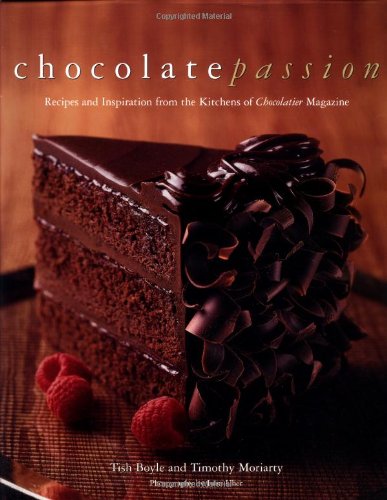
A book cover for Chocolate Passion: Recipes and Inspiration from the Kitchens of Chocolatier Magazine; Tish Boyle; Cookbooks, Food & Wine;